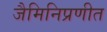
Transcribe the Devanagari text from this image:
जैमिनिप्रणीत